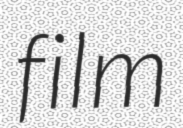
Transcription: film